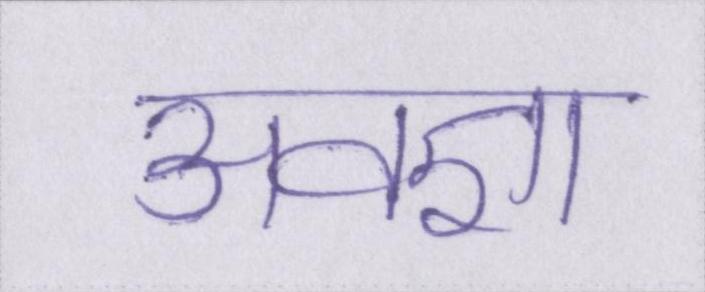
अवज्ञा